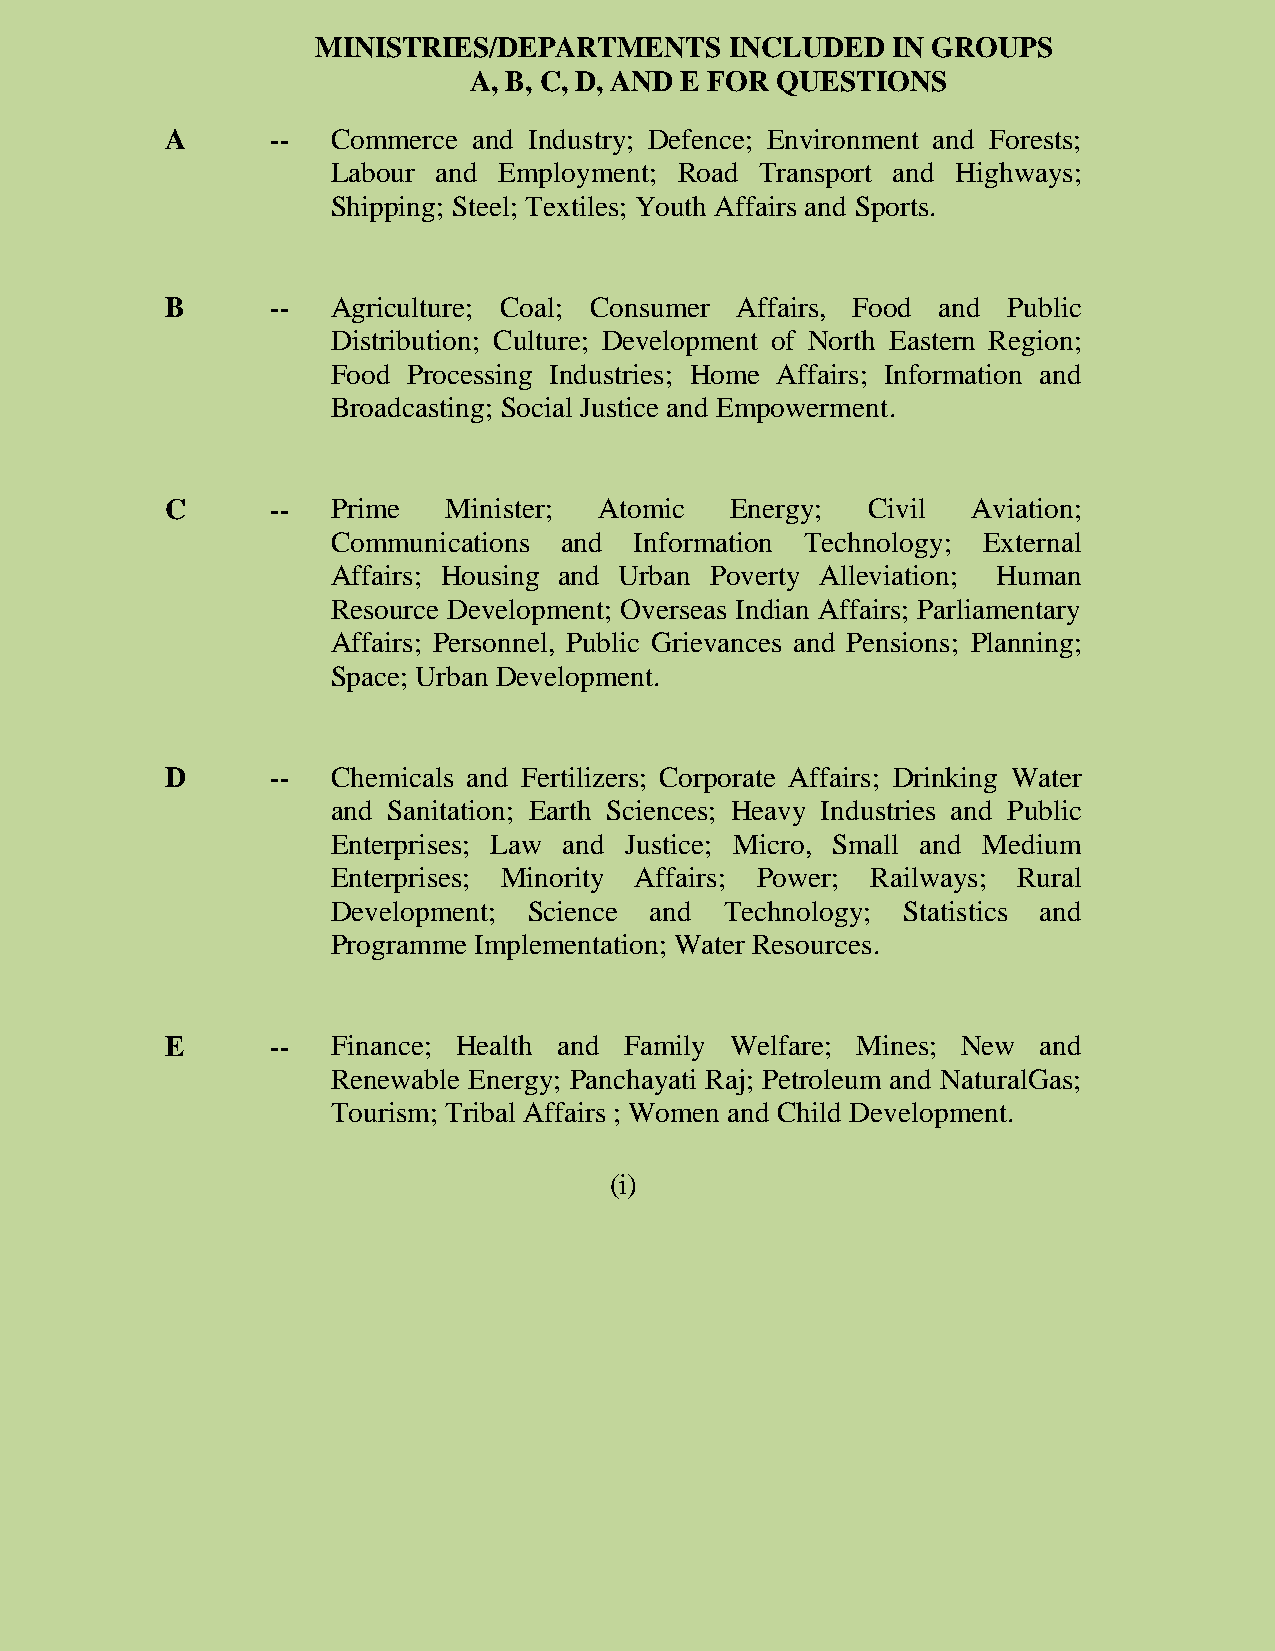
MINISTRIES/DEPARTMENTS     INCLUDED   IN GROUPS
 A, B, C, D, AND E FOR QUESTIONS
 A      --  Commerce and Industry; Defence; Environment and Forests;
 Labour and Employment; Road Transport and Highways;
 Shipping; Steel; Textiles; Youth Affairs and Sports.
 B      --  Agriculture; Coal; Consumer Affairs, Food and Public
 Distribution; Culture; Development of North Eastern Region;
 Food Processing Industries; Home Affairs; Information and
 Broadcasting; Social Justice and Empowerment.
 C      --  Prime   Minister; Atomic  Energy;  Civil  Aviation;
 Communications and  Information Technology; External
 Affairs; Housing and Urban Poverty Alleviation; Human
 Resource Development; Overseas Indian Affairs; Parliamentary
 Affairs; Personnel, Public Grievances and Pensions; Planning;
 Space; Urban Development.
 D      --  Chemicals and Fertilizers; Corporate Affairs; Drinking Water
 and Sanitation; Earth Sciences; Heavy Industries and Public
 Enterprises; Law and Justice; Micro, Small and Medium
 Enterprises; Minority Affairs; Power; Railways; Rural
 Development; Science and  Technology; Statistics and
 Programme Implementation; Water Resources.
 E      --  Finance; Health and Family Welfare; Mines; New and
 Renewable Energy; Panchayati Raj; Petroleum and NaturalGas;
 Tourism; Tribal Affairs ; Women and Child Development.
 (i)